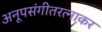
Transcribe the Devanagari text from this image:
अनूपसंगीतरत्नाकर